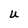
Character: u